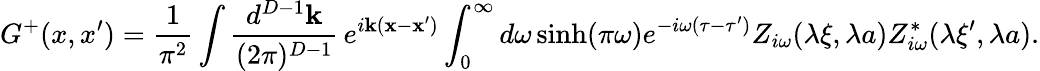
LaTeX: G^{+}(x,x^{\prime})=\frac{1}{\pi^{2}}\int\frac{d^{D-1}{\mathbf k}}{(2\pi)^{D-1}}\, e^{i{\mathbf k}({\mathbf x}-{\mathbf x^{\prime}})}\int_{0}^{\infty}d\omega\sinh(\pi\omega)e^{-i\omega(\tau-\tau^{\prime})}Z_{i\omega}(\lambda\xi,\lambda a)Z_{i\omega}^{*}(\lambda\xi^{\prime},\lambda a).